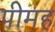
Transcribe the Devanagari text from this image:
पीमह